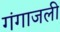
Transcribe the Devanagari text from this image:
गंगाजली